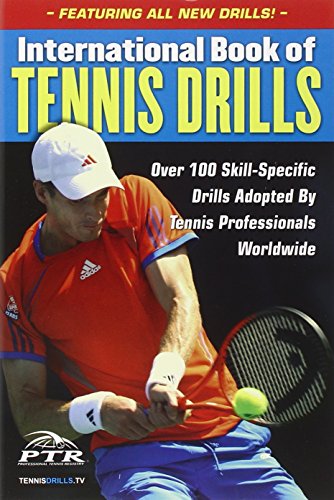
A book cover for International Book of Tennis Drills: Over 100 Skill-Specific Drills Adopted by Tennis Professionals Worldwide; Professional Tennis Registry; Sports & Outdoors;